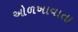
ઓળખાવાતા